Report on enteric fever
Disease focus: Fever
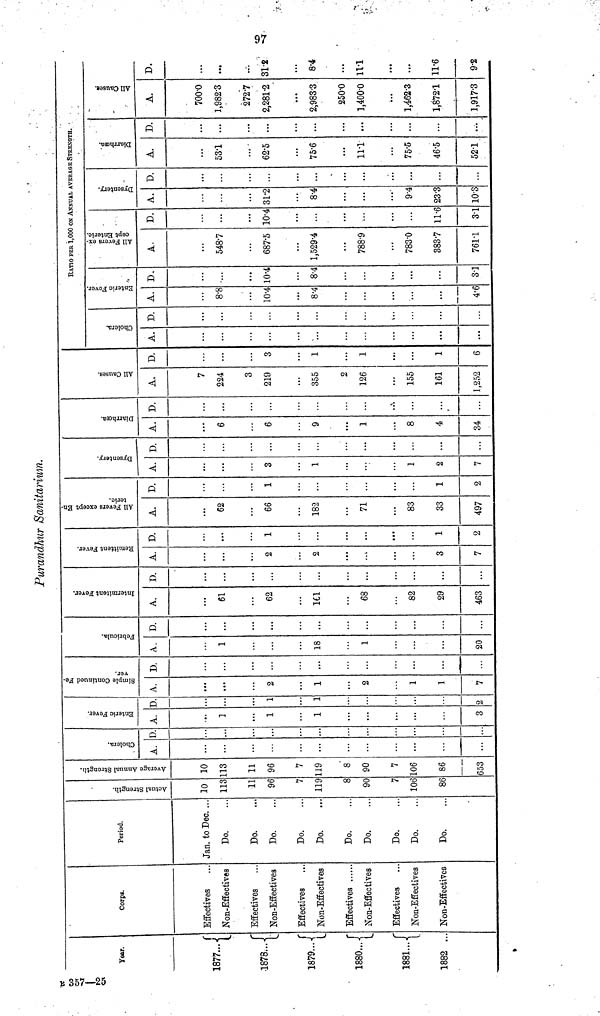
Purandhur Sanitarium.
Year.
1877...
1878..
1879...
1880...
1881...
1882 ...
Corps.
Effectives
Non-Effectives
Effectives
NON-Effectives
Effectives
Non-Effectives
Effectives
...
Non-Effectives
Effectives
Non-Effectives
Non-Effectives
Period.
Jan to Dec. .
Do.
Do.
Do.
Do.
Do.
Do.
Do.
Do.
Do.
Do.
Actual Strength
10
113
11
96
7
119
8
90
7
106
86
Average Annual Strength
10
113
11
96
7
119
8
90
7
106
86
653
Cholera
A.
...
D.
...
...
Enteric Fever.
A.
1
1
1
3
D.
1
1
2
Simple Continued Fever.
A.
2
1
2
1
1
7
D.
...
...
Febricula.
A.
1
18
1
20
D.
...
...
...
...
...
...
Intermittent Fever.
A.
61
62
161
68
82
29
463
D.
...
...
...
...
...
...
Remittent Fever
A.
...
2
2
...
3
7
D.
...
1
...
...
1
2
All Fevers except Enteric.
A.
62
66
182
71
83
33
497
D.
1
...
...
1
2
Dysentery.
A.
...
3
1
...
1
2
7
D.
...
...
...
...
Diarrhœa.
A.
6
6
9
1
8
4
34
D.
...
...
...
...
All Causes
A.
7
224
3
219
355
2
126
155
161
1,252
D.
...
3
1
1
1
6
Cholera.
A.
...
...
...
...
D.
...
RATIO PER 1,000 OK ANNUAL AVERAGE STRENGTH.
Entric Fever.
A.
8.8
10.4
8.4
4.6
D.
10.4
8.4
3.1
All Fevers except Enteric.
A.
548.7
687.5
1,529.4
788.9
783.0
383.7
761.1
D.
10.4
11.6
3.1
Dysentery
A.
...
31.2
8.4
...
9.4
23.3
10.3
D.
...
...
...
Diarrhoœa.
A.
53.1
62.5
75.6
11.1
75.5
46.5
521
D.
...
...
...
...
...
...
All Causes
A.
700.0
1,982.3
272.7
2,281.2
2,983.3
250.0
1,400.0
1,462.3
1,872.1
1,917.3
D.
...
31.2
8.4
11.1
...
11.6
9.2
97
357-25